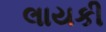
લાયકી